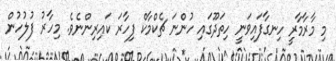
މި މާރާމާރީ ހިނގާފައިވަނީ ހިތަދޫގައި ހުންނަ ޗެކްމާކް ފިހާރަ ކައިރިންނެވެ. މިހާރު ފުލުހުން